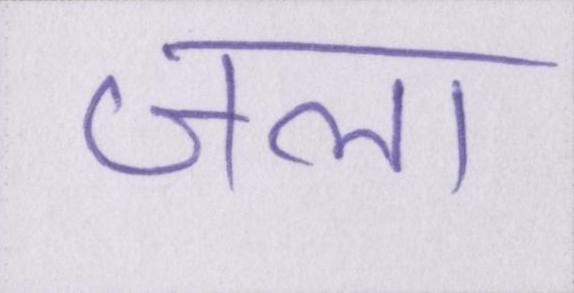
जला